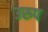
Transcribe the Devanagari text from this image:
उरुप